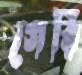
গেরি